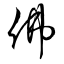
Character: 佛